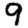
Digit: 9